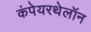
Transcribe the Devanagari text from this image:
कंपेयरथेलॉन